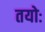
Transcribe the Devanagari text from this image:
तयोः